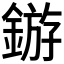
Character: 𬫲